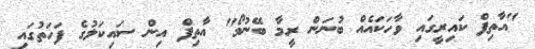
"އާތިފް ކައިރީގައި ވާހަކައެއް ބުނަން ރީމާ ބޭނުމޯ" އާތިފް އިން ސައިކަލުގެ ފަހަތުގައި